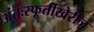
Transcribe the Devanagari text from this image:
अंतःस्फूर्तीखेरीज